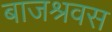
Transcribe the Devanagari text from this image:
बाजश्रवस